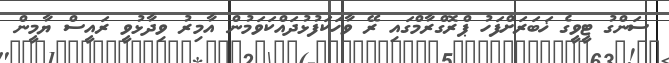
ސަންގު ޓީވީގެ ޚަބަރަށްފަހު ޕްރޮގްރާމްގައި ރޭ ވާހަކަފުޅުދައްކަވަމުން އާމިރު ވިދާޅުވީ ރައީސް ޔާމީން